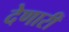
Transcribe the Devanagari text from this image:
देणारीं